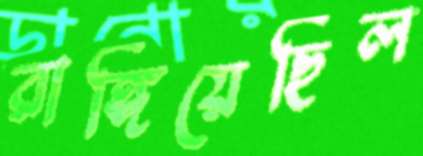
রাঙ্গিয়েছিল